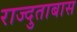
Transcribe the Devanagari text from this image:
राज्दुताबास